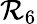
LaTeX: \mathcal{R}_{6}